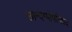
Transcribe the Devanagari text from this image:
छान्दग्योपनिषद